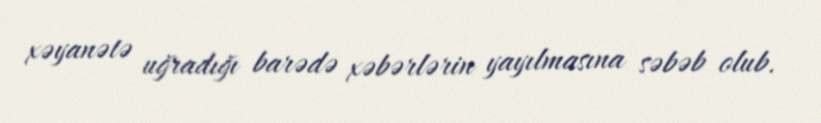
xəyanətə uğradığı barədə xəbərlərin yayılmasına səbəb olub.